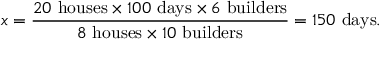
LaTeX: x = { \frac { 2 0 \ { \mathrm { h o u s e s } } \times 1 0 0 \ { \mathrm { d a y s } } \times 6 \ { \mathrm { b u i l d e r s } } } { 8 \ { \mathrm { h o u s e s } } \times 1 0 \ { \mathrm { b u i l d e r s } } } } = 1 5 0 \ { \mathrm { d a y s } } .